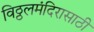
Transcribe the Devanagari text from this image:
विठ्ठलमंदिरासाठी